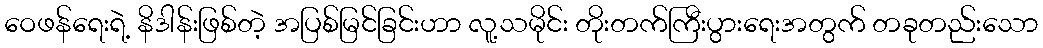
ဝေဖန်ရေးရဲ့ နိဒါန်းဖြစ်တဲ့ အပြစ်မြင်ခြင်းဟာ လူ့သမိုင်း တိုးတက်ကြီးပွားရေးအတွက် တခုတည်းသော